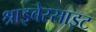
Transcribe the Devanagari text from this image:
श्राइबेरसाइट